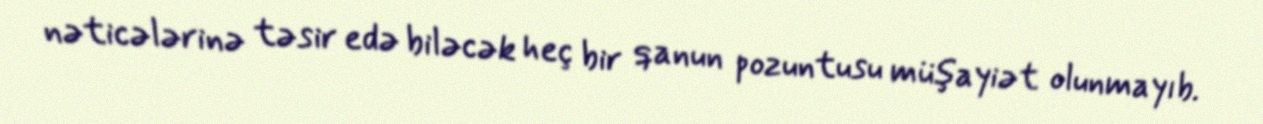
nəticələrinə təsir edə biləcək heç bir qanun pozuntusu müşayiət olunmayıb.